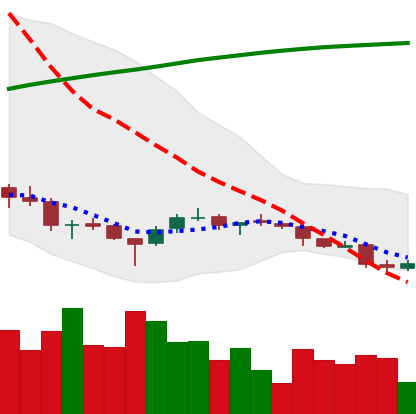
Ticker: DOGE-USD
Chart end date: 2018-03-31
Forward return: -3.725%
Label: down_3_5